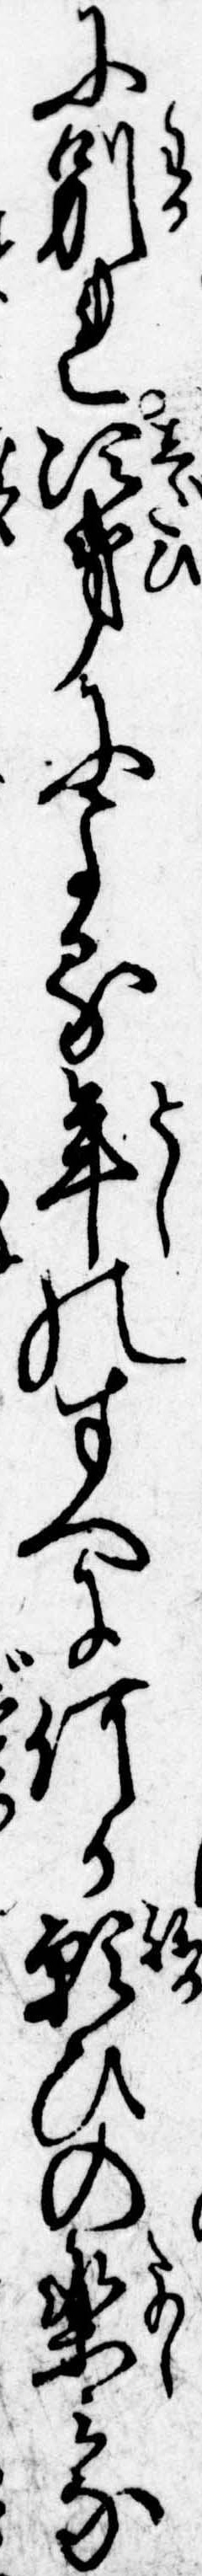
に別れ次第による年のすへに何か願ひの楽みな